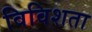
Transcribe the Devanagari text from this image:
विविशता